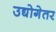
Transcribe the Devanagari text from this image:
उद्योगेतर